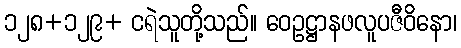
၁၂၈+၁၂၉+ ငရဲသူတို့သည်။ ဝေဥဋ္ဌာနဖလူပဇီဝိနော၊